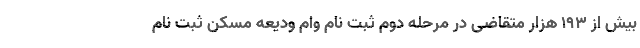
بیش از ۱۹۳ هزار متقاضی در مرحله دوم ثبت نام وام ودیعه مسکن ثبت نام